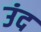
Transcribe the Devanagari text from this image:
उंद